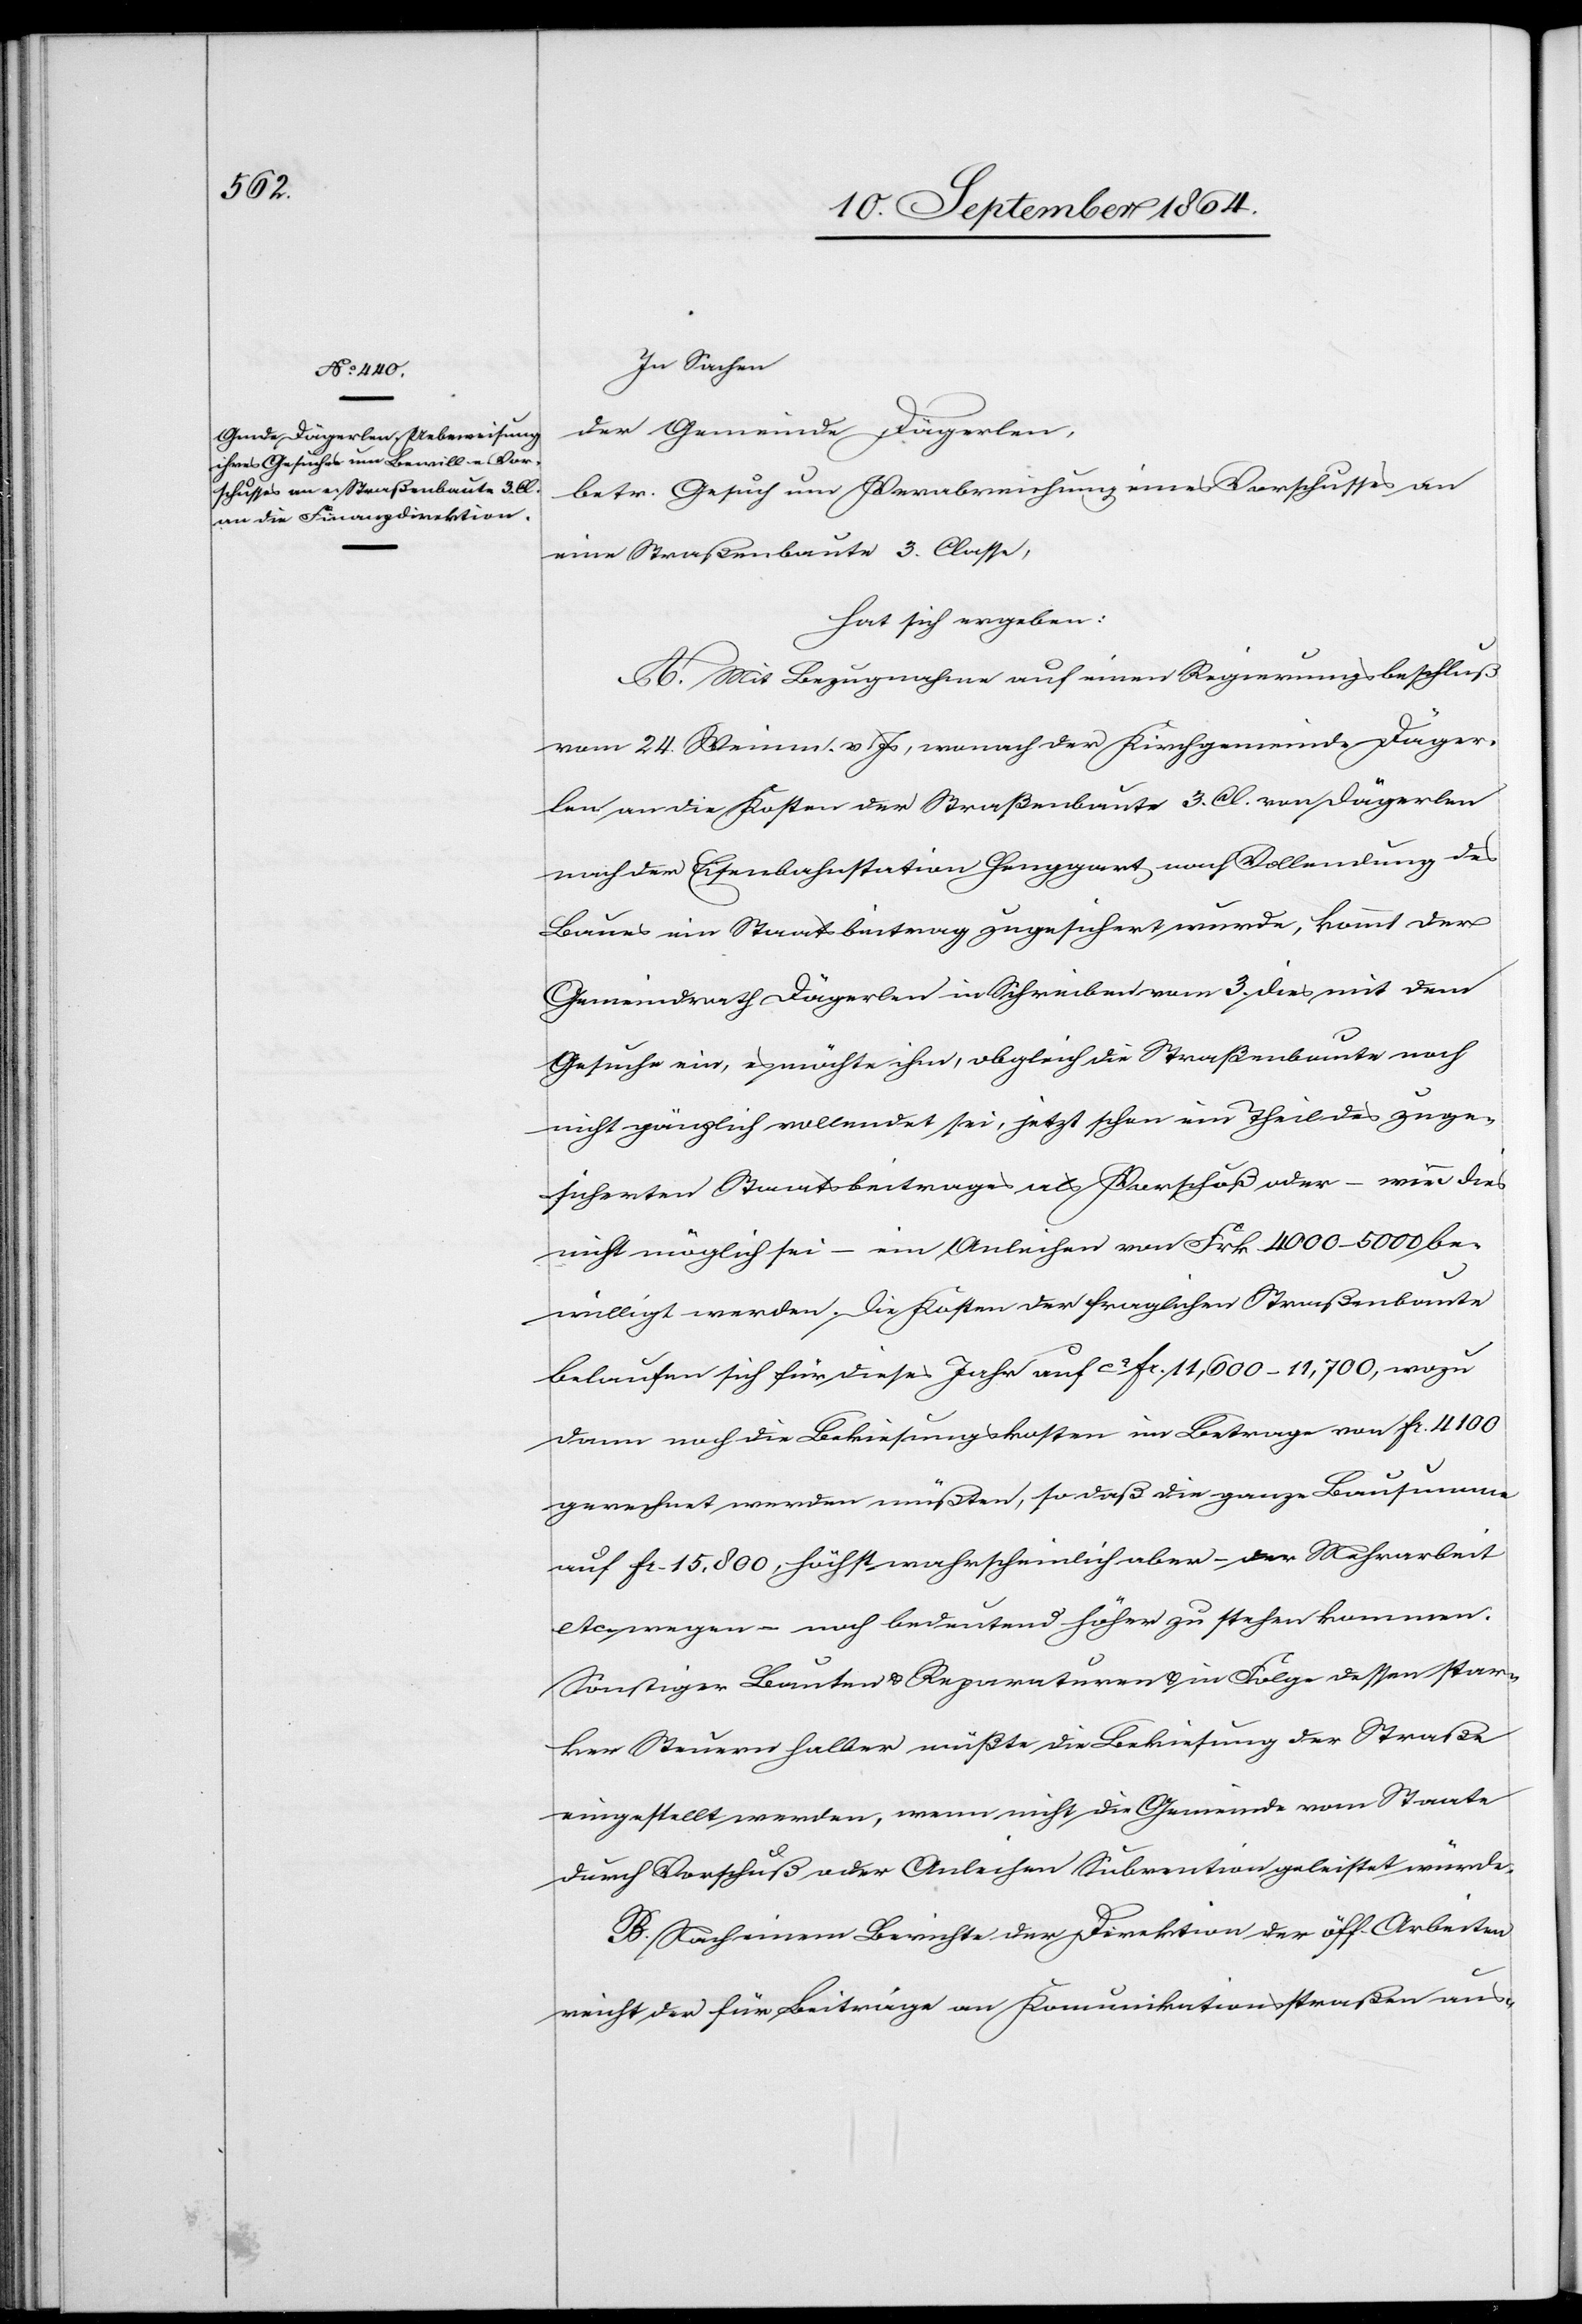
In Sachen
der Gemeinde Dägerlen,
betr. Gesuch um Verabreichung eines Vorschusses an
eine Straßenbaute 3. Classe,
hat sich ergeben:
A. Mit Bezugnahme auf einen Regierungsbeschluß
vom 24. Weinm. v. Js, wonach der Kirchgemeinde Däger¬
len an die Kosten der Straßenbaute 3. Cl. von Dägerlen
nach der Eisenbahnstation Henggart auf Vollendung des
Baues ein Staatsbeitrag zugesichert wurde, kommt der
Gemeindrath Dägerlen in Schreiben vom 3. dies mit dem
Gesuche ein, es möchte ihm, obgleich die Straßenbaute noch
nicht gänzlich vollendet sei, jetzt schon ein Theil des zuge¬
sicherten Staatsbeitrages als Vorschuß oder – wie dies
nicht möglich sei – ein Anleihen von Frk. 4 000–5 000 be¬
willigt werden. Die Kosten der fraglichen Straßenbaute
belaufen sich für dieses Jahr auf ca. Fr. 11,600–11,700, wozu
dann noch die Bekiesungskosten im Betrage von Fr. 4 100
gerechnet werden müßten, so daß die ganze Bausumme
auf Fr. 15,800, höchst wahrscheinlich aber – der Mehrarbeit
etc. wegen – noch bedeutend höher zu stehen kommen.
Sonstiger Bauten & Reparaturen & in Folge dessen star¬
ken Steuern halber müßte die Bekiesung der Straße
eingestellt werden, wenn nicht die [sic!] Gemeinde vom Staate
durch Vorschuß oder Anleihen Subvention geleistet würde.
B. Nach einem Berichte der Direktion der öff. Arbeiten
reicht der für Beiträge an Kommunikationsstaßen aus-